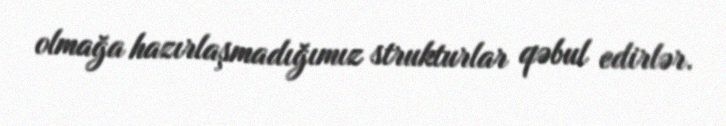
olmağa hazırlaşmadığımız strukturlar qəbul edirlər.